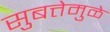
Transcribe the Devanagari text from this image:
सुबत्तेमुळे